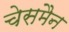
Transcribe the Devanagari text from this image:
चेसमैन